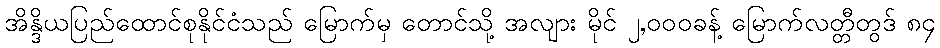
အိန္ဒိယပြည်ထောင်စုနိုင်ငံသည် မြောက်မှ တောင်သို့ အလျား မိုင် ၂,၀၀၀ခန့် မြောက်လတ္တီတွဒ် ၈၄